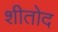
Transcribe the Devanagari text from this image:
शीतोद